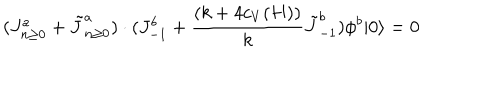
LaTeX: ( J _ { n \ge 0 } ^ { a } + \tilde { J } _ { n \ge 0 } ^ { a } ) \cdot ( J _ { - 1 } ^ { b } + { \frac { ( k + 4 c _ { V } ( H ) ) } { k } } \tilde { J } _ { - 1 } ^ { b } ) \phi ^ { b } | 0 \rangle = 0